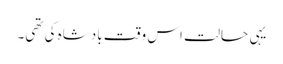
یہی حالت اس وقت بادشاہ کی تھی۔